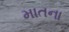
માતના